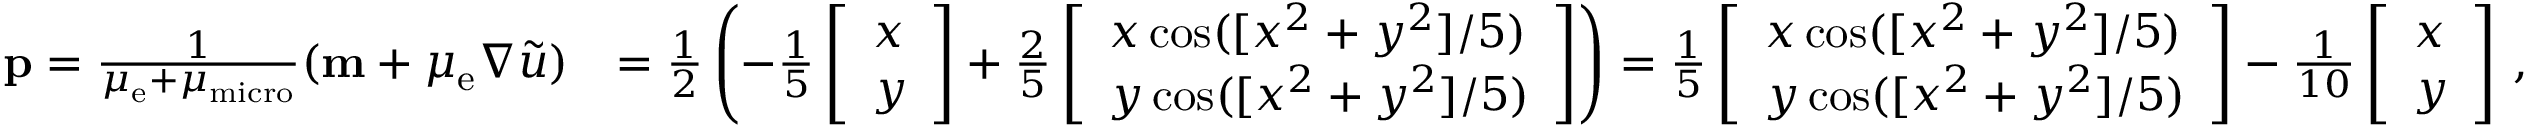
\begin{array} { r l } { \mathbf { p } = \frac { 1 } { \mu _ { \mathrm { e } } + \mu _ { \mathrm { m i c r o } } } ( \mathbf { m } + \mu _ { \mathrm { e } } \nabla \widetilde { u } ) } & { = \frac { 1 } { 2 } \left( - \frac { 1 } { 5 } \left[ \begin{array} { l } { x } \\ { y } \end{array} \right] + \frac { 2 } { 5 } \left[ \begin{array} { l } { x \cos ( [ x ^ { 2 } + y ^ { 2 } ] / 5 ) } \\ { y \cos ( [ x ^ { 2 } + y ^ { 2 } ] / 5 ) } \end{array} \right] \right) = \frac { 1 } { 5 } \left[ \begin{array} { l } { x \cos ( [ x ^ { 2 } + y ^ { 2 } ] / 5 ) } \\ { y \cos ( [ x ^ { 2 } + y ^ { 2 } ] / 5 ) } \end{array} \right] - \frac { 1 } { 1 0 } \left[ \begin{array} { l } { x } \\ { y } \end{array} \right] \, , } \end{array}